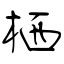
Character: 栖